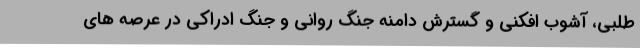
طلبی، آشوب افکنی و گسترش دامنه جنگ روانی و جنگ ادراکی در عرصه های